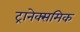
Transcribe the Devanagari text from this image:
ट्रानेक्समिक